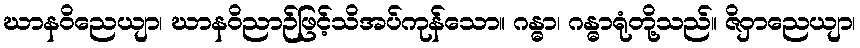
ဃာနဝိညေယျာ၊ ဃာနဝိညာဉ်ဖြင့်သိအပ်ကုန်သော။ ဂန္ဓာ၊ ဂန္ဓာရုံတို့သည်။ ဇိဝှာညေယျာ၊